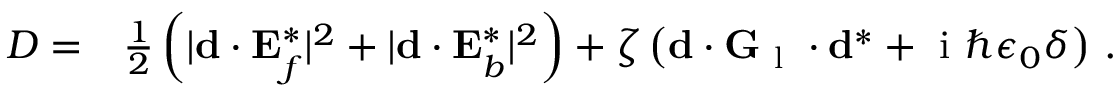
\begin{array} { r l } { D = } & { { } \frac 1 2 \left( | \mathbf { d } \cdot \mathbf { E } _ { f } ^ { * } | ^ { 2 } + | \mathbf { d } \cdot \mathbf { E } _ { b } ^ { * } | ^ { 2 } \right) + \zeta \left( \mathbf { d } \cdot \mathbf { G } _ { \mathrm { ~ l ~ } } \cdot \mathbf { d } ^ { * } + \ensuremath { \mathrm { ~ i ~ } } \hbar \epsilon _ { 0 } \delta \right) \, . } \end{array}